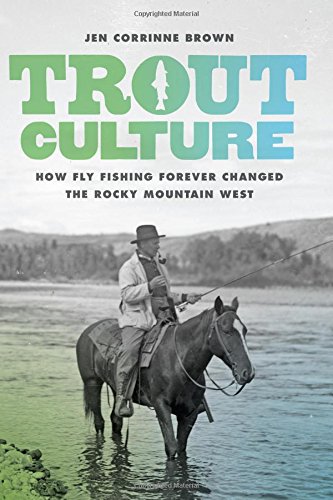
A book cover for Trout Culture: How Fly Fishing Forever Changed the Rocky Mountain West (Emil and Kathleen Sick Book Series in Western History and Biography); Jen Brown; Sports & Outdoors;